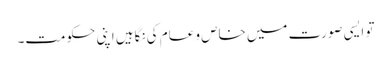
تو ایسی صورت میں خاص و عام کی نگاہیں اپنی حکومت۔